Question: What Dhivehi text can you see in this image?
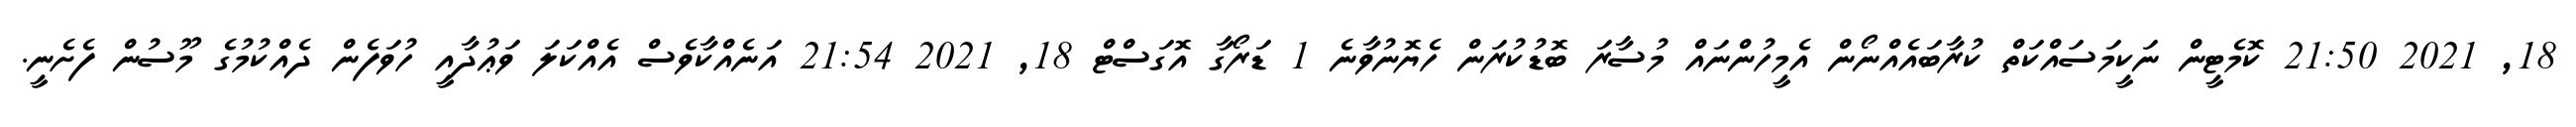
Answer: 18, 2021 21:50 ކޮމެޓީން ނަކީމަސައްކަތް ކުރާބައެއްނޯން އެމީހުންނައް މުސާރަ ބޮޑުކުރަން ހެޔޮނުވާނެ 1 ޑަރޯގާ އޮގަސްޓް 18, 2021 21:54 އަނެއްކާވެސް އެއްކަލަ ވަޢުދާއީ ހުވަފެން ދެއްކުމުގެ މޫސުން ފެށެނީ.